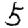
Digit: 5